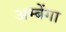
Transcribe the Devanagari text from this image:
अम्बेंगा